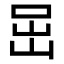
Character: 𡶸